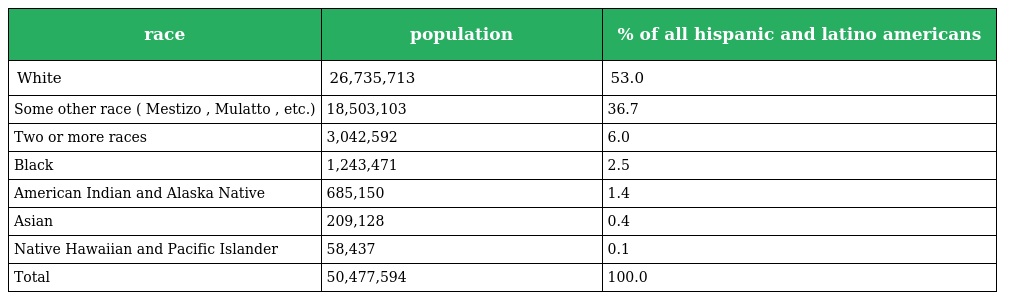
| race | population | % of all hispanic and latino americans |
 | --- | --- | --- |
 | White | 26,735,713 | 53.0 |
 | Some other race ( Mestizo , Mulatto , etc.) | 18,503,103 | 36.7 |
 | Two or more races | 3,042,592 | 6.0 |
 | Black | 1,243,471 | 2.5 |
 | American Indian and Alaska Native | 685,150 | 1.4 |
 | Asian | 209,128 | 0.4 |
 | Native Hawaiian and Pacific Islander | 58,437 | 0.1 |
 | Total | 50,477,594 | 100.0 |